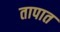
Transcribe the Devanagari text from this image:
तापात